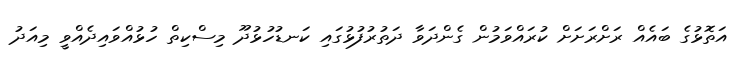
އަތޮޅުގެ ބައެއް ރަށްރަށަށް ކުރައްވަމުން ގެންދަވާ ދަތުރުފުޅުގައި ކަނޑުހުޅުދޫ މިސްކިތް ހުޅުއްވައިދެއްވީ މިއަދު